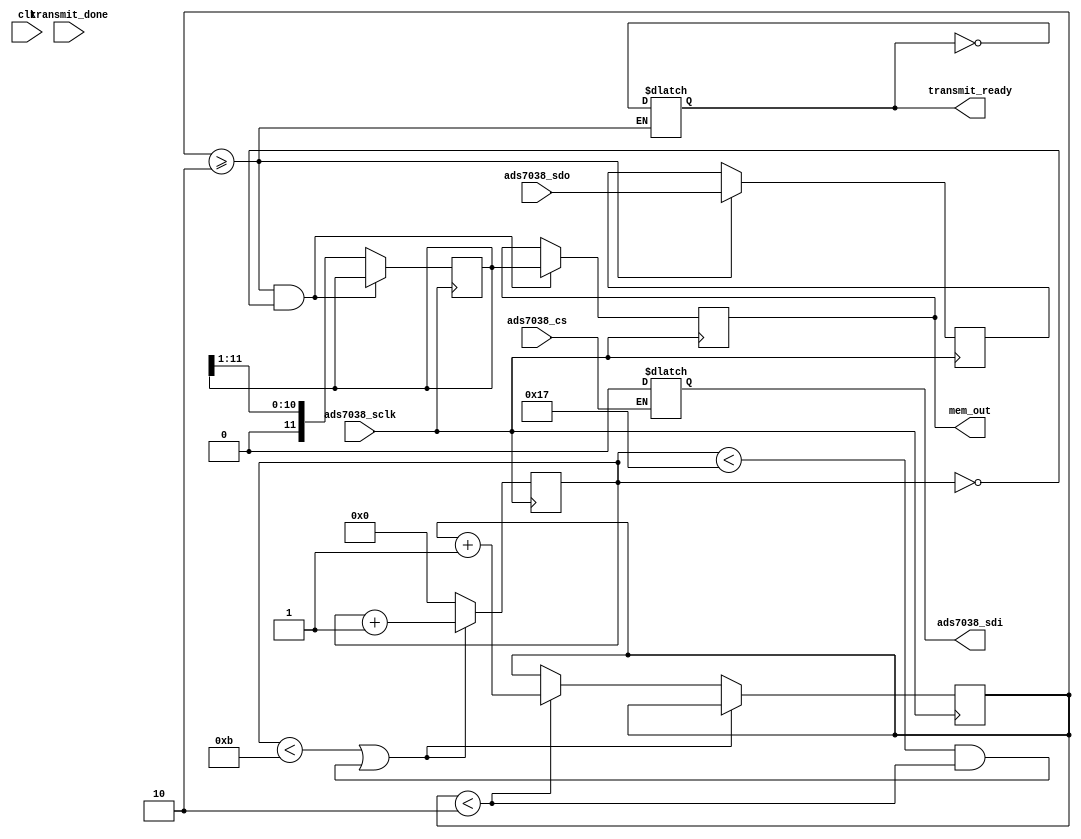
`timescale 1ns / 1ps


module spi_slave
(
    input clk,                  // Internal FPGA clock
    input ads7038_cs,           // Chip Select from ADC
    input ads7038_sclk,         // serial clock coming from ADC
    input ads7038_sdo,          // ADC Serial Data out
    input transmit_done,        // 
    output reg ads7038_sdi,     // ADC Serial Data in
    output [11 : 0] mem_out,    // 
    output reg transmit_ready   // transmit ready signal
);
    
    // Serial Data In Variables
    reg [1 : 0] config_reg = 0;     // This bit is set when all the configuration details have been sent to the chip
    reg [4 : 0] frame_counter = 0;  // counts from 0 to 23 for each data frame sent serially
    reg [23 : 0] data_frame = 0;    // Data to be sent serially over wire
    
    // Initialize Serial Data In (SDI)
    initial ads7038_sdi <= 0;
    
    // Initialize Transmit Ready Signal
    initial transmit_ready <= 0;
    
    // Serial Data Out Variables
    reg [11 : 0] memory [0 : 1];
    
    // Initialize Memory
    integer i;
    initial for( i = 0; i < 2; i = i + 1 ) memory[i] = 0;
    
    // Memory Data Bus
    assign mem_out = memory[1];
    
    
    
    // Serial Data Logic
    //////////////////////////////////////////////////////////////
    always @ ( negedge ads7038_cs )
    begin
        if( config_reg == 0 ) data_frame <= 24'b11111111_00000101_00001000; // <-- Configure Pins as Analog In
        
        else data_frame <= 24'b00000000_00010001_00001000;                  // <-- Use AIN0 as input to ADC
    end
    //////////////////////////////////////////////////////////////
    
    
    
    //////////////////////////////////////////////////////////////
    always @ ( posedge ads7038_sclk )
    begin
        if( frame_counter < 11 || ( frame_counter < 23 && config_reg < 2 ) ) frame_counter <= frame_counter + 1;
        else
        begin
            frame_counter <= 0;
            if( config_reg < 2 ) config_reg <= config_reg + 1;
        end
        
        if( config_reg >= 2 ) memory[0][11] <= ads7038_sdo;
        
    end
    //////////////////////////////////////////////////////////////
    
    
    
    //////////////////////////////////////////////////////////////
    always @ ( negedge ads7038_sclk )
    begin
        if( config_reg < 2 ) data_frame = data_frame >> 1;
        else data_frame <= 0;
        
        if( config_reg >= 2 && frame_counter == 0 )
        begin
            memory[1] <= memory[0];
        end
        else memory[0] <= memory[0] >> 1;
    end
    //////////////////////////////////////////////////////////////
    
    
    
    //////////////////////////////////////////////////////////////
    always @ ( memory[1] )
    begin
        if(config_reg >= 2) transmit_ready <= ~transmit_ready;
    end
    //////////////////////////////////////////////////////////////
    
    
    
    //////////////////////////////////////////////////////////////
    always @ ( * )
    begin
        if( !ads7038_cs ) ads7038_sdi <= data_frame[0];
    end
    //////////////////////////////////////////////////////////////
    // Serial Data Logic
    
    
endmodule